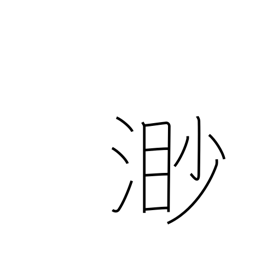
Meaning: boundless